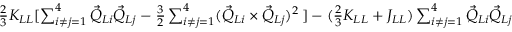
\begin{array} { r } { \frac { 2 } { 3 } K _ { L L } [ \sum _ { i \neq j = 1 } ^ { 4 } \vec { Q } _ { L i } \vec { Q } _ { L j } - \frac { 3 } { 2 } \sum _ { i \neq j = 1 } ^ { 4 } ( \vec { Q } _ { L i } \times \vec { Q } _ { L j } ) ^ { 2 } \, ] - ( \frac { 2 } { 3 } K _ { L L } + J _ { L L } ) \sum _ { i \neq j = 1 } ^ { 4 } \vec { Q } _ { L i } \vec { Q } _ { L j } } \end{array}